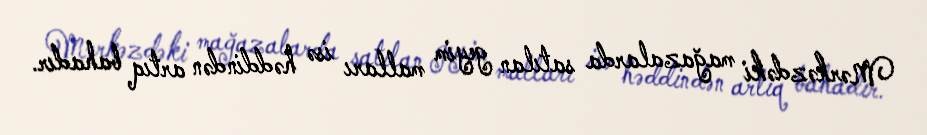
Mərkəzdəki mağazalarda satılan geyim malları isə həddindən artıq bahadır.